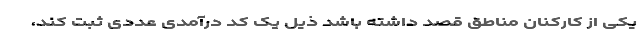
یکی از کارکنان مناطق قصد داشته باشد ذیل یک کد درآمدی عددی ثبت کند،